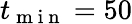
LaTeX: t_{\mathrm{~m~i~n~}}=50